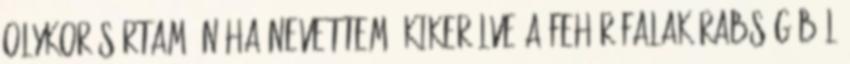
olykor sírtam, néha nevettem. Kikerülve a fehér falak rabságából